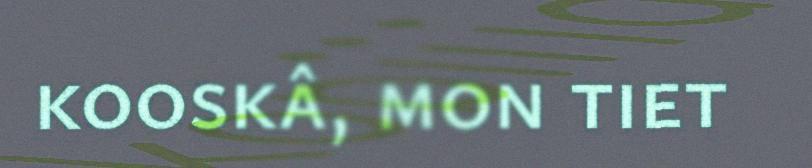
kooskâ, mon tiet